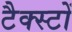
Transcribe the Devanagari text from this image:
टैक्स्टों